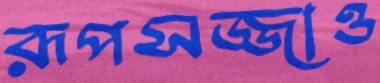
রূপসজ্জাও